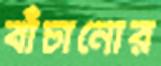
বাঁচানোর